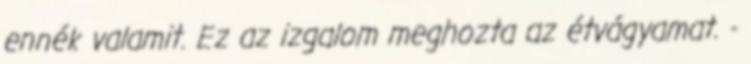
ennék valamit. Ez az izgalom meghozta az étvágyamat. -